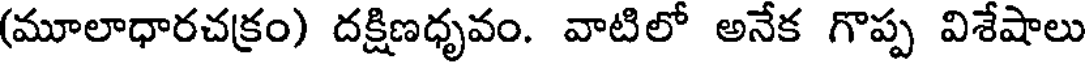
(మూలాధారచక్రం) దక్షిణధృవం. వాటిలో అనేక గొప్ప విశేషాలు